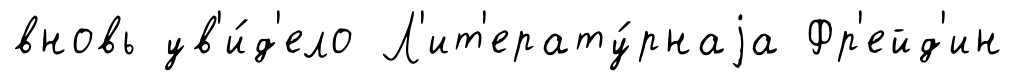
вновь ув'и́д'ело Л'ит'ерату́рнаjа Фр'ейд'ин